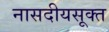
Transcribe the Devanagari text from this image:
नासदीयसूक्त